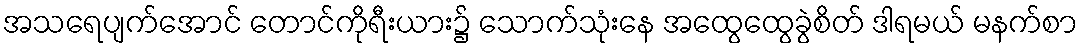
အသရေပျက်အောင် တောင်ကိုရီးယား၌ သောက်သုံးနေ အထွေထွေခွဲစိတ် ဒါရမယ် မနက်စာ